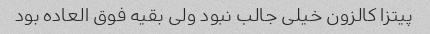
پیتزا کالزون خیلی جالب نبود ولی بقیه فوق العاده بود